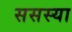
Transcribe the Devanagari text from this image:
ससस्या